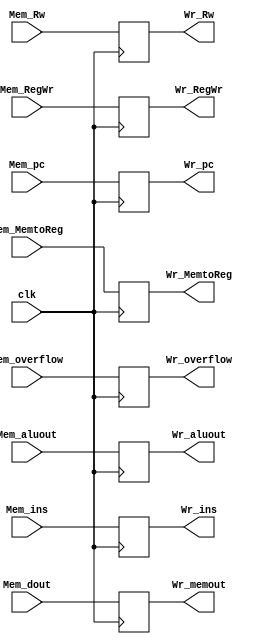
module mem_wr(   clk,
                    Mem_pc, Mem_overflow, Mem_dout, Mem_aluout, Mem_ins, Mem_RegWr, Mem_MemtoReg, Mem_Rw,
                    Wr_pc, Wr_overflow, Wr_memout, Wr_aluout, Wr_ins, Wr_RegWr, Wr_MemtoReg, Wr_Rw);

input clk;
input[31:2]   Mem_pc;
input         Mem_overflow;
input[31:0]   Mem_dout;
input[31:0]   Mem_aluout;
input[31:0]   Mem_ins;
input         Mem_RegWr;
input[1:0]    Mem_MemtoReg;
input[4:0]    Mem_Rw;

output reg[31:2]  Wr_pc;
output reg        Wr_overflow;
output reg[31:0]  Wr_memout;
output reg[31:0]  Wr_aluout;
output reg[31:0]  Wr_ins;
output reg        Wr_RegWr;
output reg[1:0]   Wr_MemtoReg;
output reg[4:0]   Wr_Rw;

initial begin
    Wr_pc        =  30'd0;
    Wr_overflow  =  0;
    Wr_memout    =  32'd0;
    Wr_aluout    =  32'd0;
    Wr_ins       =  32'd0;
    Wr_RegWr       =  0;
    Wr_MemtoReg  =  2'd0;
    Wr_Rw        =  5'd0;
end

always @(negedge clk)
begin
    Wr_pc        <=  Mem_pc;
    Wr_overflow  <=  Mem_overflow;
    Wr_memout    <=  Mem_dout;
    Wr_aluout    <=  Mem_aluout;
    Wr_ins       <=  Mem_ins;
    Wr_RegWr     <=  Mem_RegWr;
    Wr_MemtoReg  <=  Mem_MemtoReg;
    Wr_Rw        <=  Mem_Rw;
end
endmodule